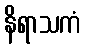
နိရာသကံ